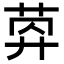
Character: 𦯛